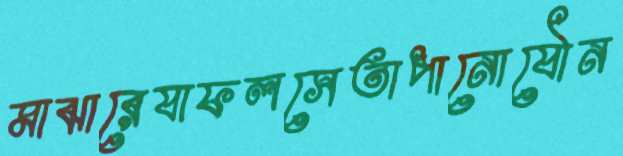
মাঝারেযাফলসেতাপানোযৌন